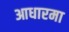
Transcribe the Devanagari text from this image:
आधारमा